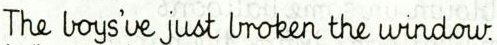
The boys've just broken the window.